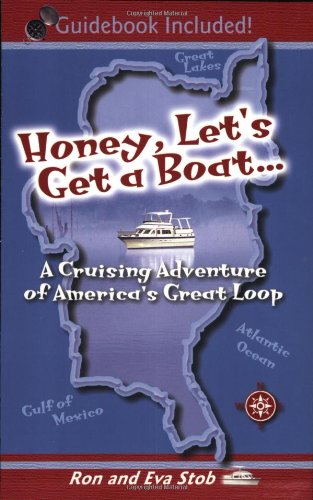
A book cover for Honey, Let's Get a Boat... A Cruising Adventure of America's Great Loop; Ron Stob; Biographies & Memoirs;